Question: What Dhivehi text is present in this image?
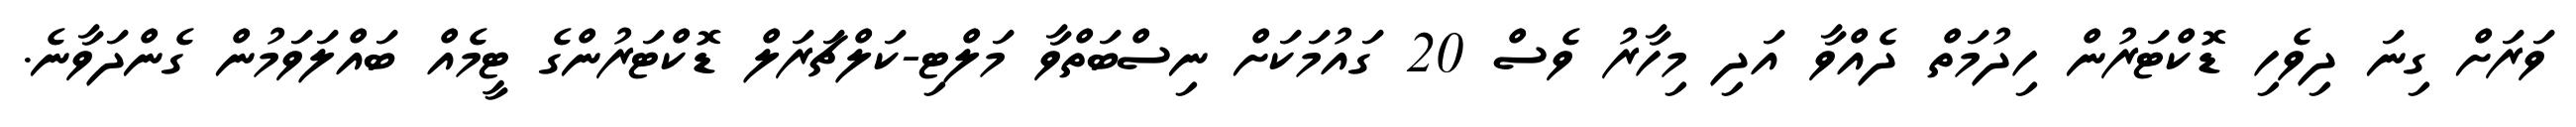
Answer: ވަރަށް ގިނަ ދިވެހި ޑޮކްޓަރުން ހިދުމަތް ދެއްވާ އަދި މިހާރު ވެސް 20 ގައުމަކަށް ނިސްބަތްވާ މަލްޓި-ކަލްޗަރަލް ޑޮކްޓަރުންގެ ޓީމެއް ބައްލަވަމުން ގެންދަވާނެ.